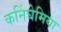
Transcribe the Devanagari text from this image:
कनिंघेमिया